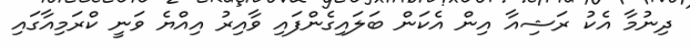
ދިނުމާ އެކު ރަޝިއާ އިން އެކަން ބަލައިގެންފައި ވާއިރު އިއްޔެ ވަނީ ކްރަމިއާގައި